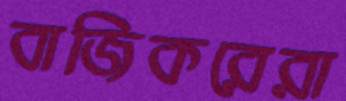
বাজিকরেরা